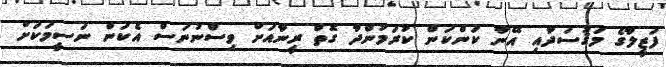
ފަޒީލާގެ މަޤުސަދާއި އޭނާ ކަންކަން ކުރަމުންދާ ގޮތް ރީނާއަށް ވިސްނުނަސް އެކަން ނަސީމަކަށް